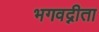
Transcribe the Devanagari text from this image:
भगवद्नीता